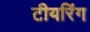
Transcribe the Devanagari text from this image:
टीयरिंग